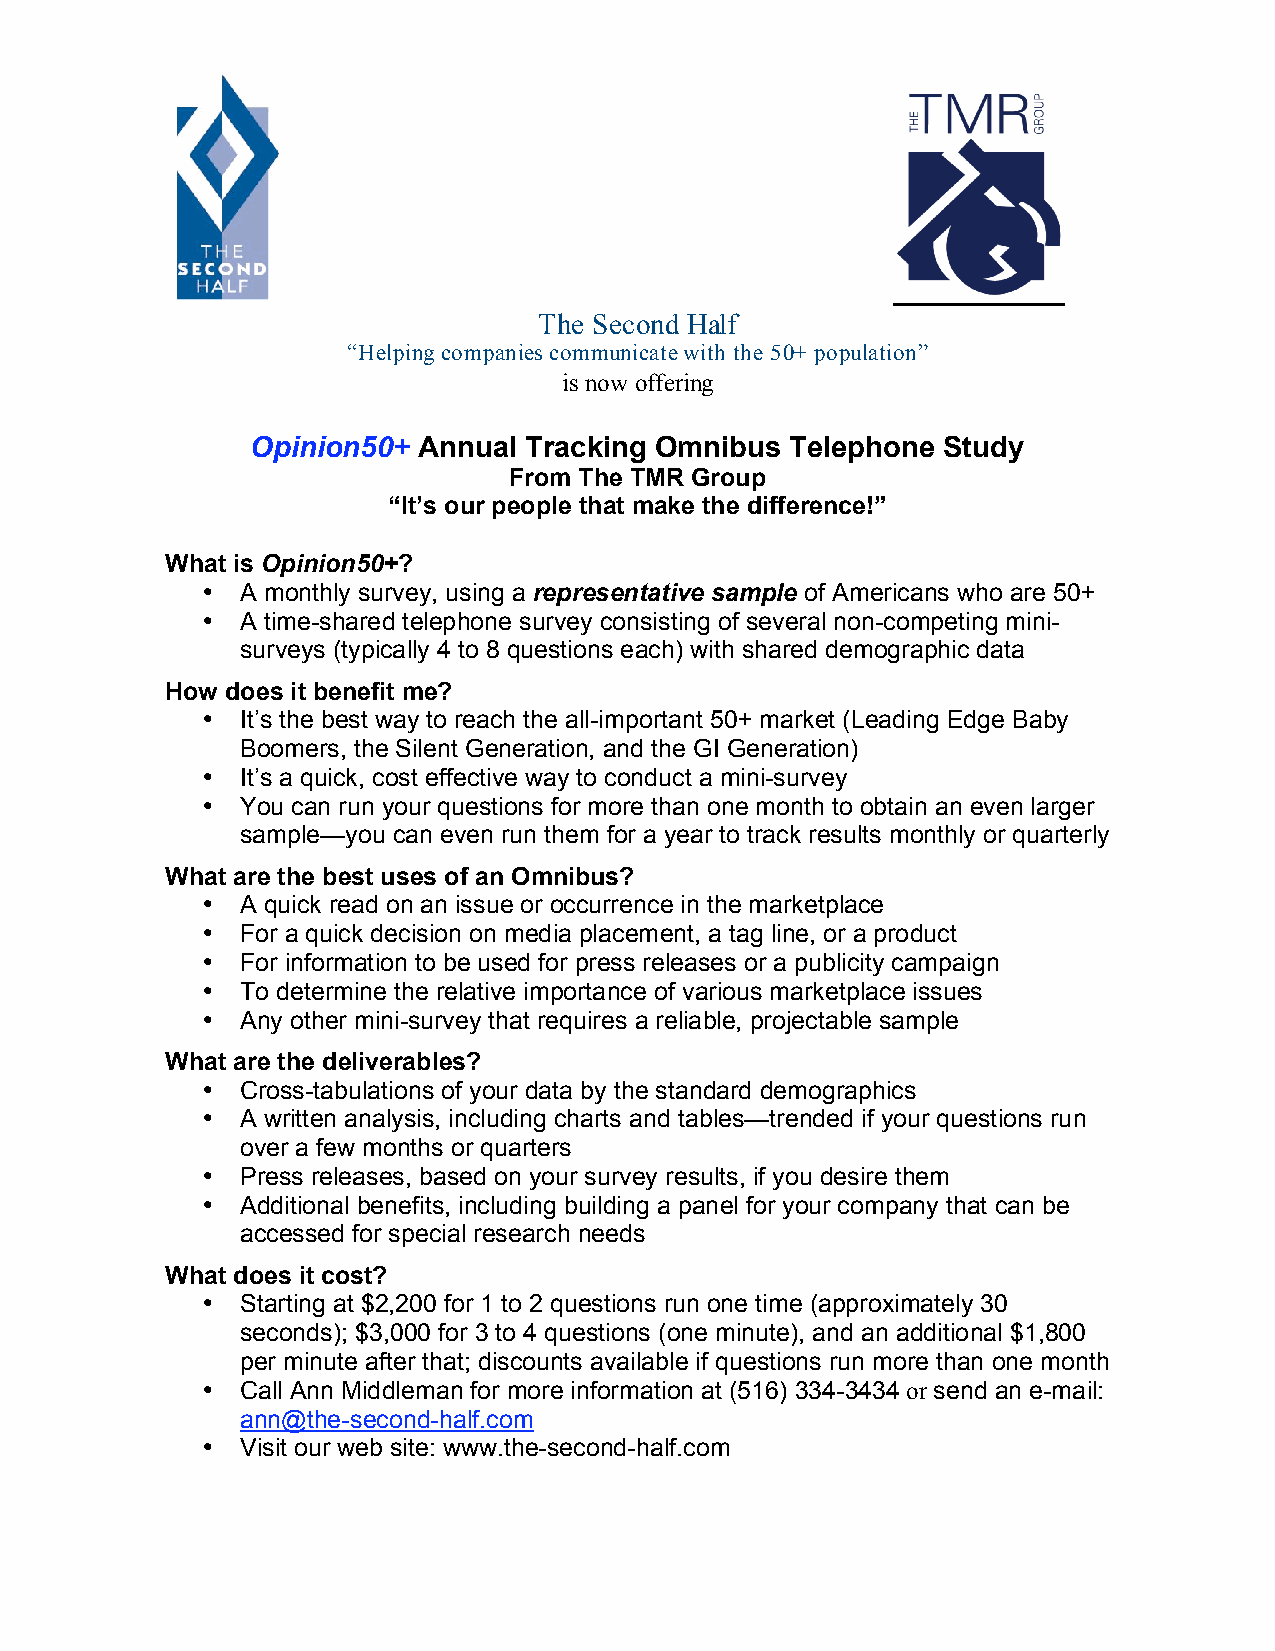
The Second Half
 “Helping companies communicate with the 50+ population”
 is now offering
 Opinion50+ Annual Tracking Omnibus Telephone Study
 From The TMR Group
 “It’s our people that make the difference!”
 What is Opinion50+?
 •  A monthly survey, using a representative sample of Americans who are 50+
 •  A time-shared telephone survey consisting of several non-competing mini-
 surveys (typically 4 to 8 questions each) with shared demographic data
 How does it benefit me?
 •  It’s the best way to reach the all-important 50+ market (Leading Edge Baby
 Boomers, the Silent Generation, and the GI Generation)
 •  It’s a quick, cost effective way to conduct a mini-survey
 •  You can run your questions for more than one month to obtain an even larger
 sample—you can even run them for a year to track results monthly or quarterly
 What are the best uses of an Omnibus?
 •  A quick read on an issue or occurrence in the marketplace
 •  For a quick decision on media placement, a tag line, or a product
 •  For information to be used for press releases or a publicity campaign
 •  To determine the relative importance of various marketplace issues
 •  Any other mini-survey that requires a reliable, projectable sample
 What are the deliverables?
 •  Cross-tabulations of your data by the standard demographics
 •  A written analysis, including charts and tables—trended if your questions run
 over a few months or quarters
 •  Press releases, based on your survey results, if you desire them
 •  Additional benefits, including building a panel for your company that can be
 accessed for special research needs
 What does it cost?
 •  Starting at $2,200 for 1 to 2 questions run one time (approximately 30
 seconds); $3,000 for 3 to 4 questions (one minute), and an additional $1,800
 per minute after that; discounts available if questions run more than one month
 •  Call Ann Middleman for more information at (516) 334-3434 or send an e-mail:
 ann@the-second-half.com
 •  Visit our web site: www.the-second-half.com